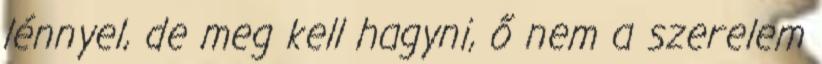
lénnyel, de meg kell hagyni, ő nem a szerelem